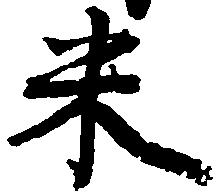
米